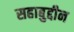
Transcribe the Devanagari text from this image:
सहाबुद्दीन